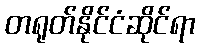
တရုတ်နိုင်ငံဆိုင်ရာ